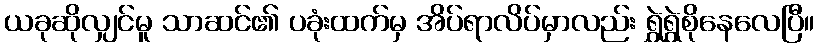
ယခုဆိုလျှင်မူ သာဆင်၏ ပခုံးထက်မှ အိပ်ရာလိပ်မှာလည်း ရွှဲရွှဲစိုနေလေပြီ။